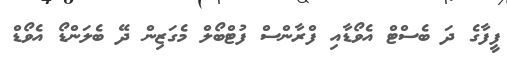
ފީފާގެ ދަ ބެސްޓް އެވޯޑާއި ފްރާންސް ފުޓްބޯލް މެގަޒިން ދޭ ބެލަންޑޯ އެވޯޑް